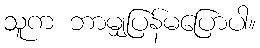
သူက ဘာမျှပြန်မပြောပါ။